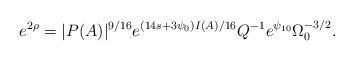
LaTeX: \begin{align*}e^{2\rho}=|P(A)|^{9/16}e^{(14s+3\psi_0)I(A)/16}Q^{-1}e^{\psi_{10}}\Omega_0^{-3/2}.\end{align*}